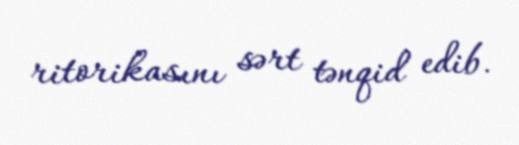
ritorikasını sərt tənqid edib.